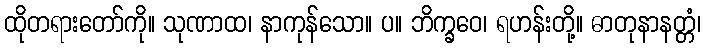
ထိုတရားတော်ကို။ သုဏာထ၊ နာကုန်သော။ ပ။ ဘိက္ခဝေ၊ ရဟန်းတို့။ ဓာတုနာနတ္တံ၊